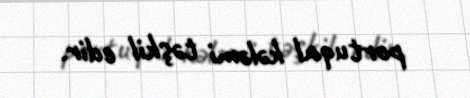
portuqal kələmi təşkil edir.